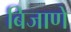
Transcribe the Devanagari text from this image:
बिजाणे